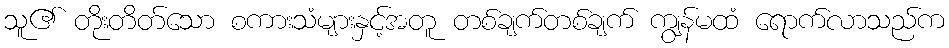
သူ၏ တိုးတိတ်သော စကားသံများနှင့်အတူ တစ်ချက်တစ်ချက် ကျွန်မထံ ရောက်လာသည်က